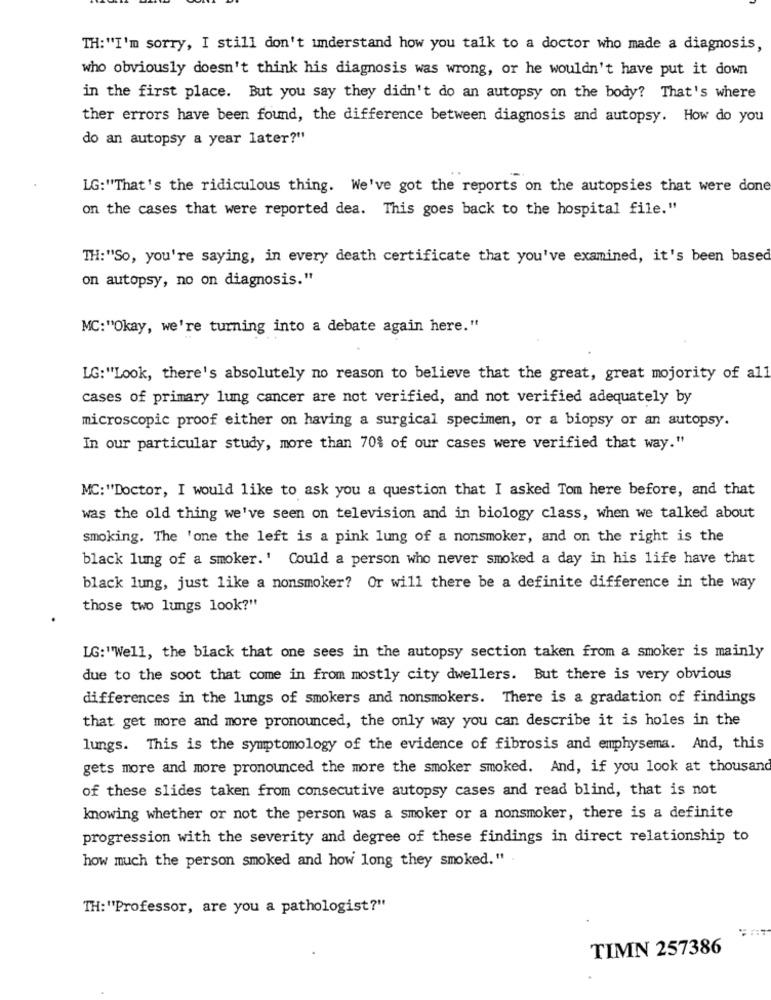
TH:"I'm sorry, I still don't understand how you talk to a doctor who made a diagnosis,
who obviously doesn't think his diagnosis was wrong, or he wouldn't have put it down
in the first place. But you say they didn't do an autopsy on the body? That's where
ther errors have been found, the difference between diagnosis and autopsy. How do you
do an autopsy a year later?"
LG:"That's the ridiculous thing. We've got the reports on the autopsies that were done
on the cases that were reported dea. This goes back to the hospital file."
TH:"So, you're saying, in every death certificate that you've examined, it's been based
on autopsy, no on diagnosis."
MC:"Okay, we're turning into a debate again here."
LG:"Look, there's absolutely no reason to believe that the great, great mojority of all
cases of primary lung cancer are not verified, and not verified adequately by
microscopic proof either on having a surgical specimen, or a biopsy or an autopsy.
In our particular study, more than 70% of our cases were verified that way."
MC:"Doctor, I would like to ask you a question that I asked Tom here before, and that
was the old thing we've seen on television and in biology class, when we talked about
smoking. The 'one the left is a pink lung of a nonsmoker, and on the right is the
black lung of a smoker.' Could a person who never smoked a day in his life have that
black lung, just like a nonsmoker? Or will there be a definite difference in the way
those two lungs look?"
LG:""Well, the black that one sees in the autopsy section taken from a smoker is mainly
due to the soot that come in from mostly city dwellers. But there is very obvious
differences in the lungs of smokers and nonsmokers. There is a gradation of findings
that get more and more pronounced, the only way you can describe it is holes in the
lungs. This is the symptomology of the evidence of fibrosis and emphysema. And, this
gets more and more pronounced the more the smoker smoked. And, if you look at thousand
of these slides taken from consecutive autopsy cases and read blind, that is not
knowing whether or not the person was a smoker or a nonsmoker, there is a definite
progression with the severity and degree of these findings in direct relationship to
how much the person smoked and how long they smoked."
TH:"'Professor, are you a pathologist?"
TIMN 257386